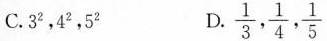
C.3^{2}，4^{2}，5^{2} D. \frac{1}{3}, \frac{1}{4}, \frac{1}{5}